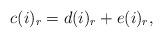
LaTeX: \begin{align*}c(i)_r = d(i)_r + e(i)_r ,\end{align*}